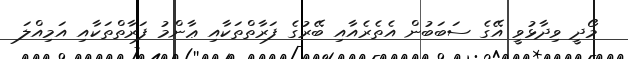
މޯދީ ވިދާޅުވީ އޭގެ ސަބަބުން އެތެރެއާއި ބޭރުގެ ފަރާތްތަކާއި ޢާންމު ފަރާތްތަކާއި އަމިއްލަ